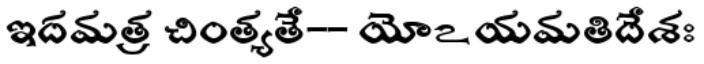
ఇదమత్ర చింత్యతే-- యోఽయమతిదేశః